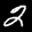
Label: 2